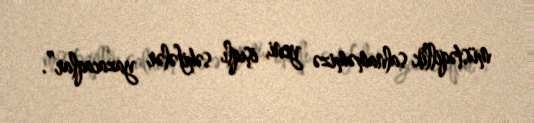
müstəqillik salnaməmizə yeni, işıqlı səhifələr yazacaqlar”.